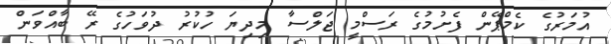
އުމަރުގެ ކެމްޕޭން ފެށުމުގެ ރަސްމީ ޖަލްސާ މިދިޔަ ހުކުރު ދުވަހުގެ ރޭ ބާއްވަން